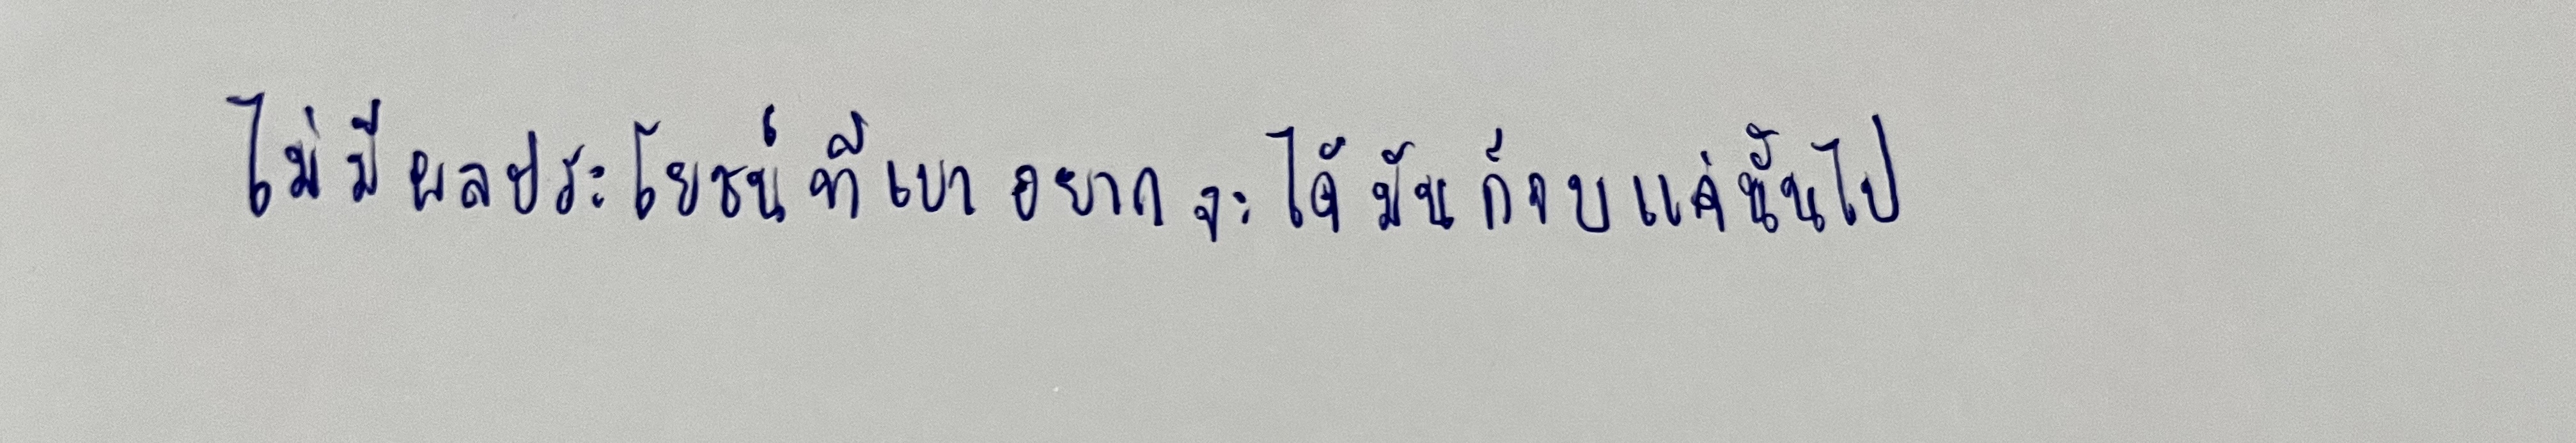
ไม่มีผลประโยชน์ที่เขาอยากจะได้มันก็จบแค่นั้นไป